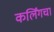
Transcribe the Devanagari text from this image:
कर्लिंगचा